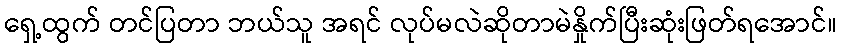
ရှေ့ထွက် တင်ပြတာ ဘယ်သူ အရင် လုပ်မလဲဆိုတာမဲနှိုက်ပြီးဆုံးဖြတ်ရအောင်။